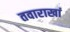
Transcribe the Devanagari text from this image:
तवाराखां